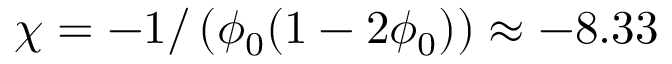
\chi = - 1 / \left( \phi _ { 0 } ( 1 - 2 \phi _ { 0 } ) \right) \approx - 8 . 3 3